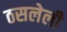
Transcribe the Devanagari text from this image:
ठसलेली